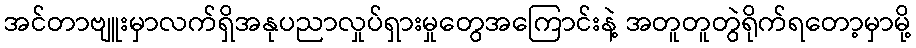
အင်တာဗျူးမှာလက်ရှိအနုပညာလှုပ်ရှားမှုတွေအကြောင်းနဲ့ အတူတူတွဲရိုက်ရတော့မှာမို့